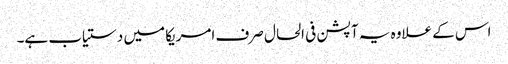
اس کے علاوہ یہ آپشن فی الحال صرف امریکا میں دستیاب ہے۔